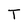
Character: T